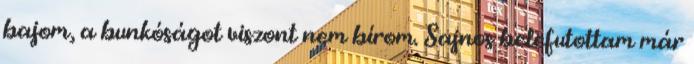
bajom, a bunkóságot viszont nem bírom. Sajnos belefutottam már